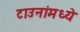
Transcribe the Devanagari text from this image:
टाउनांमध्ये